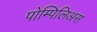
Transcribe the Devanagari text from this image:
पोम्पिलिअस